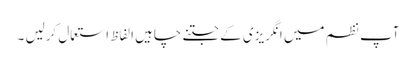
آپ نظم میں انگریزی کے جتنے چاہیں الفاظ استعمال کرلیں ۔